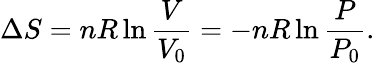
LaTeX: \Delta S=nR\ln{\frac{V}{V_{0}}}=-nR\ln{\frac{P}{P_{0}}}.